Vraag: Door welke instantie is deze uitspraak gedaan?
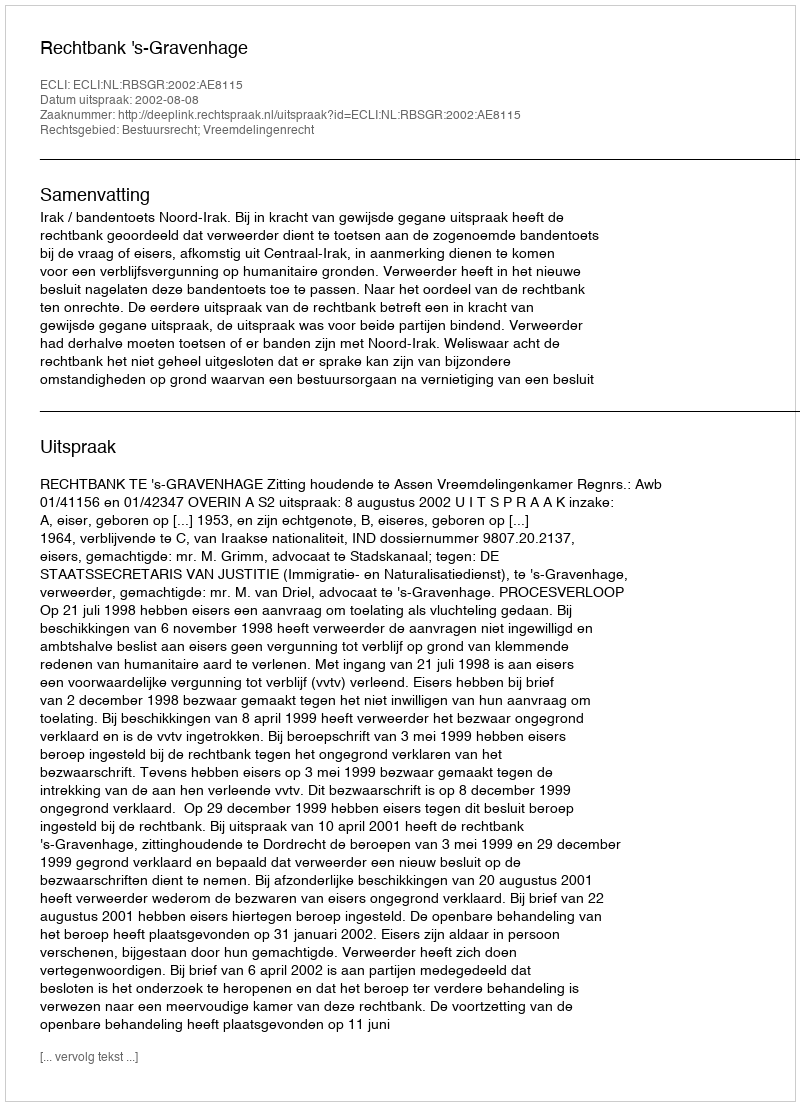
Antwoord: Rechtbank 's-Gravenhage